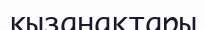
қызанақтары